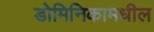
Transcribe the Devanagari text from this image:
डोमिनिकामधील